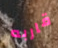
قاربه